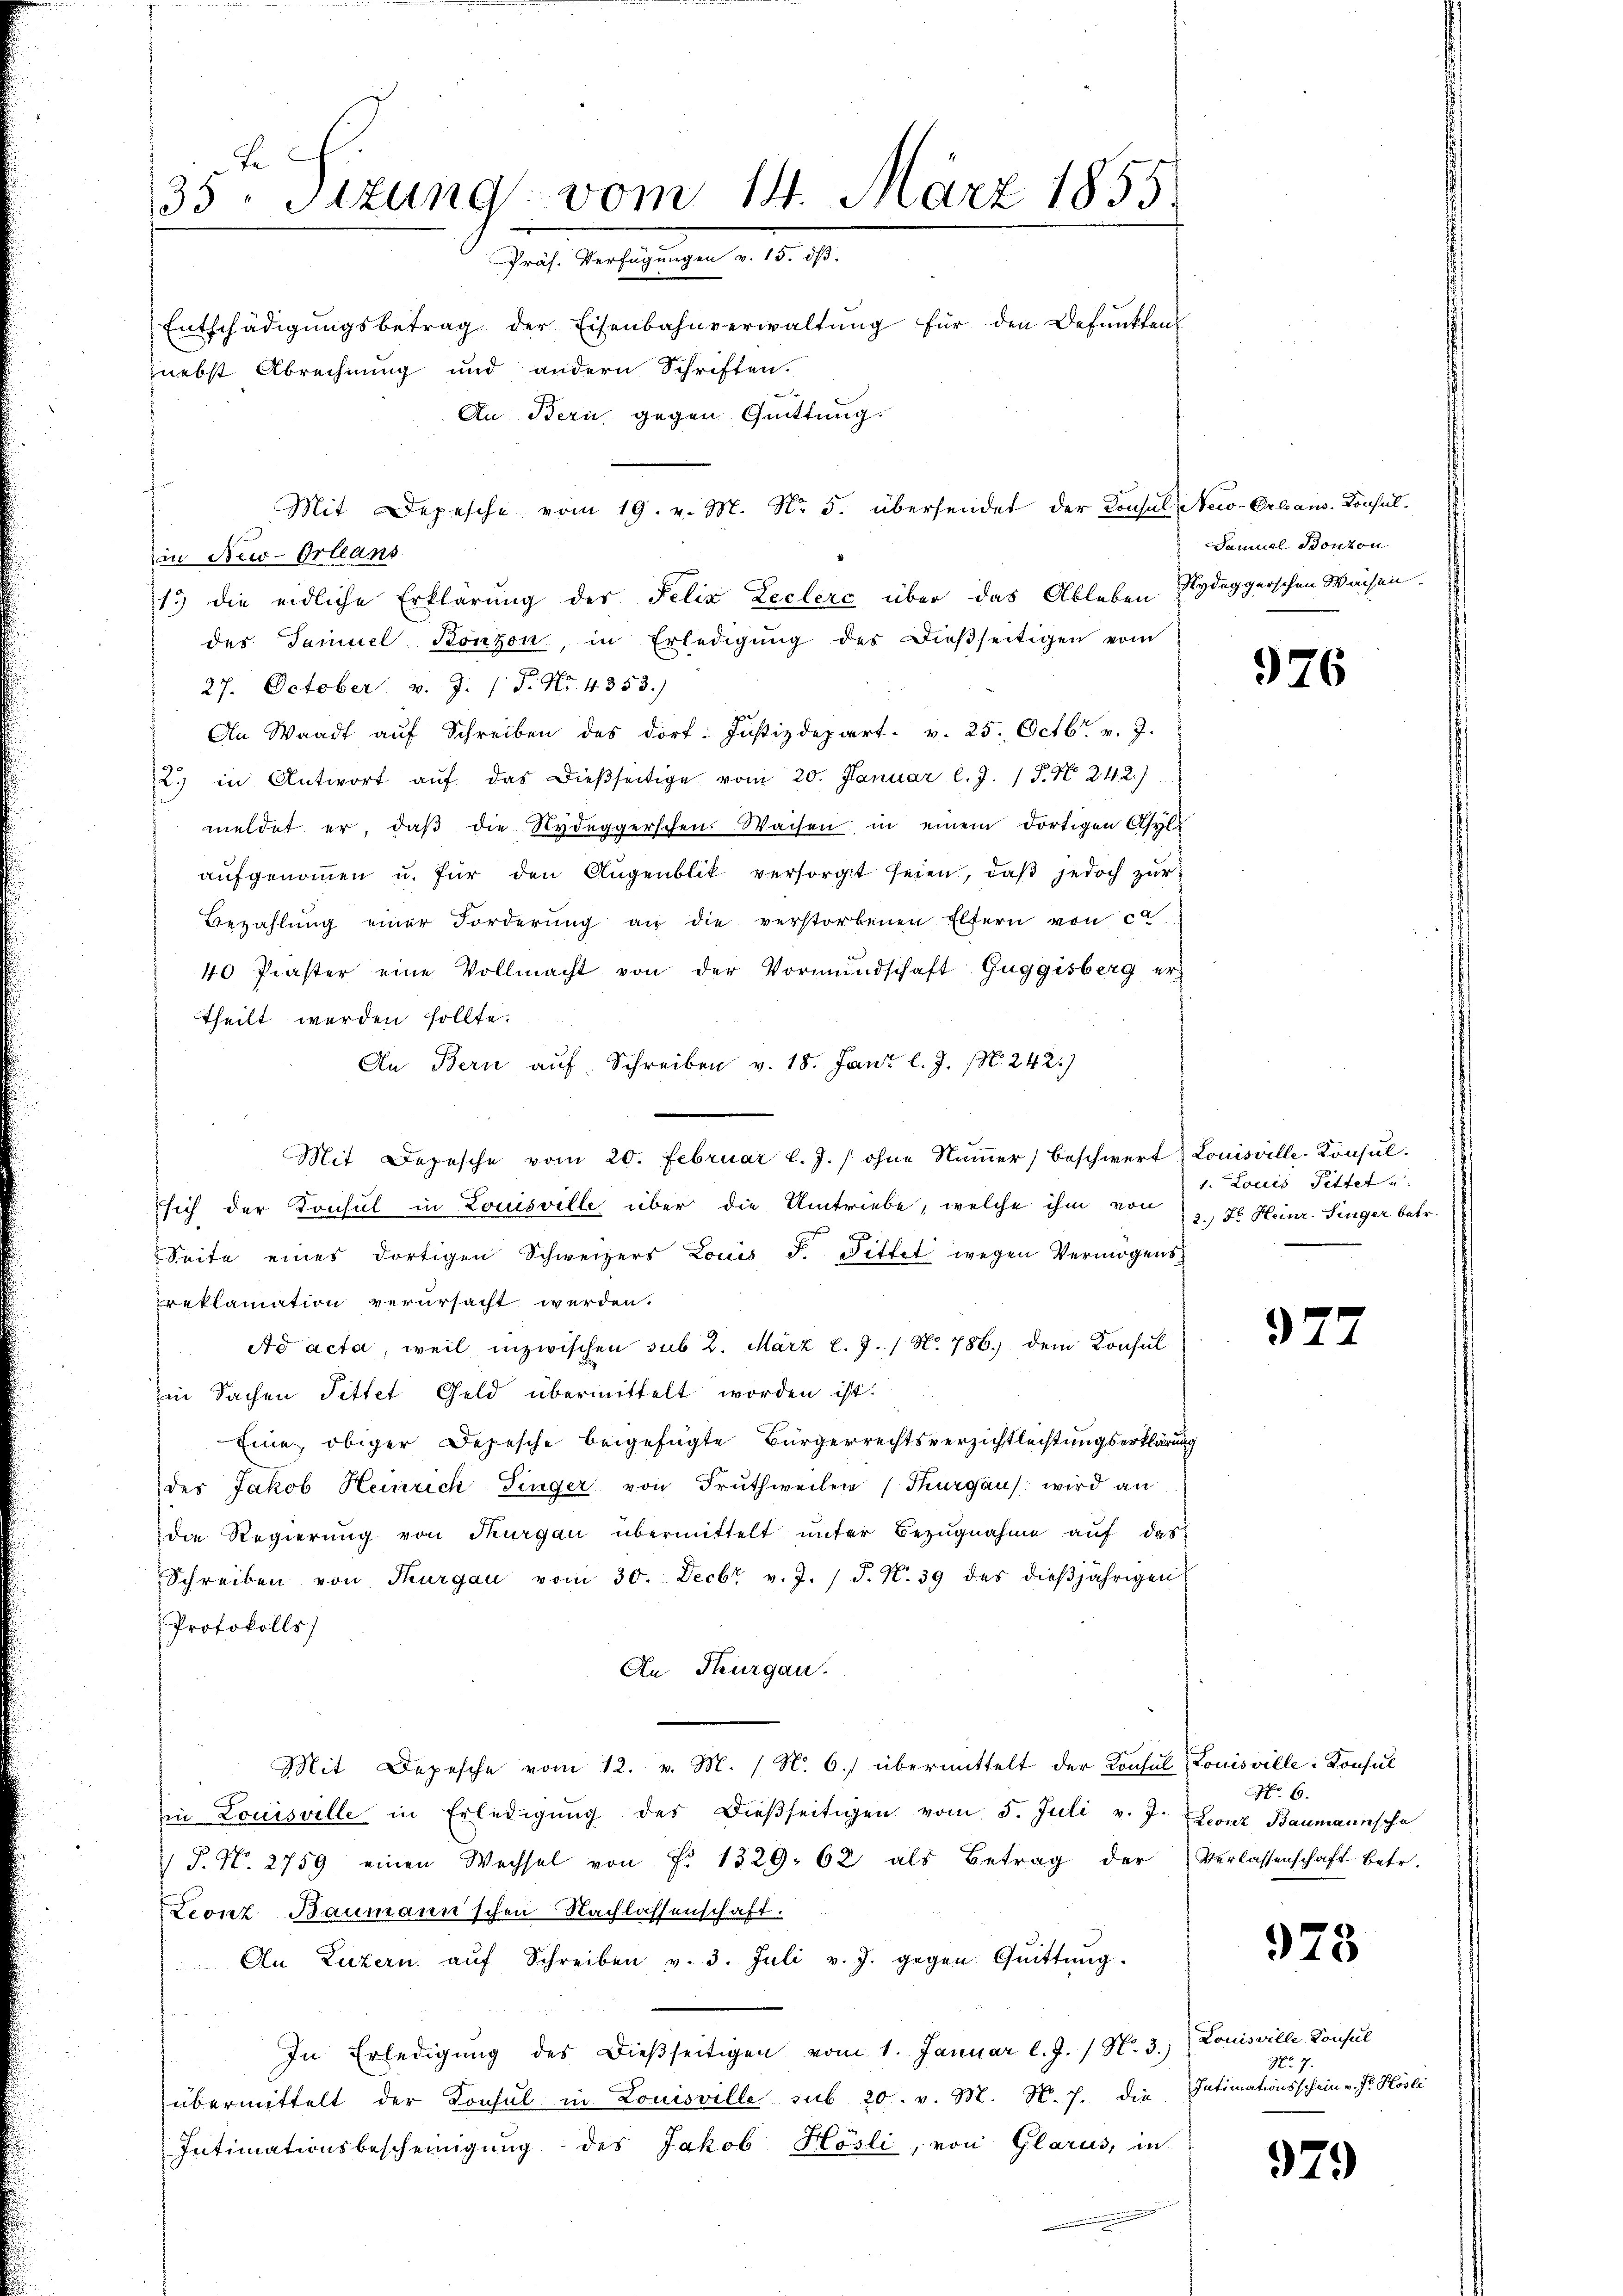
35ten Sizung vom 14. März 1855.
Präs. Verfügungen v. 15. dß.
Entschädigŭngsbetrag der Eisenbahnverwaltŭng für den Befunkten
nebst Abrechnung und andern Schriften.
An Bern gegen Quittung.
Mit Depesche vom 19. v. M. No. 5. übersendet der Konsul New-Orbaus. Konsul¬

in New-Orleans
27. October. v. J. / P. Nr. 4353.)
An Waadt aŭf Schreiben des dorf: Justizdepart. v. 25. Octb. v. J.
12.) in Antwort aŭf das dießseitige vom 20. Januar l. J. 1 S. N. 242.)
meldet er, daβ die Nydeggerschen. Waisen in einem dortigen Asyls
aŭfgenoṁen u. für den Augenblik versorgt seien, daβ jedoch zur
Bezahlŭng einer Forderŭng an die verstorbenen Eltern von ca
40 Praster eine Vollmacht von der Vormundschaft Guggisberg ertheilt werden sollte.
An Bern auf. Schreiben v. 18. Jantz l. J. N. 242.)
Mit Depesche vom 20. Februar l. J. / ohne Nŭṁer) beschwert Louisville-Konsŭl.
sich der Konsul in Louisville über die Umtriebe, welche ihm von
Seite eines dortigen Schweizers Louis F. Fittet wegen Vermögens-
reklamation verursacht werden.
Ad acta, weil inzwischen sub 2. März l. J. / No. 786.) dem Konsul
in Sachen Pittet Geld übermittelt worden ist.
Eine obiger Depesche beigefügte Bürgerrechtsverzichtlechtungserklärung
der Jakob Heinrich Singer von Fruthweilen (Thurgau wird an
die Regierung von Thurgau übermittelt unter Bezugnahme auf das
Schreiben von Thurgau vom 30. Decbr v. J. 1 S. N. 39 des dieβjährigen
Protokolls
An Thurgau.
Mit Depesche vom 12. v. M. (N. 6. übermittelt der Konsul Louisville-Konsul
in Louisville in Erledigŭng des Dieβseitigen vom 5. Juli v. J.
J. N. 2759 einen Wechsel von f. 1329. 62 als Betrag der Verlassenschaft betr.
Leonz Baumann'schen Nachlassenschaft.
An Luzern aŭf Schreiben v. 3. Juli v. J. gegen Qŭittŭng.
In Erledigung des Dießseitigen vom 1. Januar l. J. / N. 3.) Louisville Konsul
übermittelt der Konsul in Louisville sub 20. v. M. N. 7. die Intimationsschein v. J. Hösli
Intimationsbescheinigung des Jakob Hösli, von Glarus, in

13 die eidliche Erklärung der Felix Leclerc über das Ableben Sydeggerschen Waisen.
des Samuel Bonzon, in Erledigŭng des dieβseitigen vom

Samuel Bonzon

976

1. Louis Pittet u.
2.) Dr. Heinr. Singer betr.

925

No 6.
Leonz Baumannscha

973

No 7

979